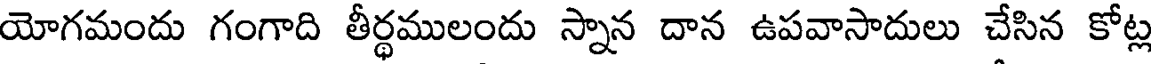
యోగమందు గంగాది తీర్థములందు స్నాన దాన ఉపవాసాదులు చేసిన కోట్ల